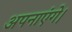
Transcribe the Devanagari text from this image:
अपनाएंगे।